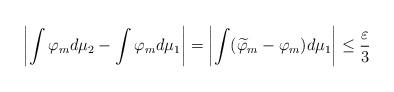
LaTeX: \begin{align*}\left| \int \varphi_m d \mu_2 - \int \varphi_m d \mu_1 \right| = \left| \int (\widetilde{\varphi}_m - \varphi_m) d \mu_1 \right| \leq \frac{\varepsilon}{3}\end{align*}